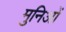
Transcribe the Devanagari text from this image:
मुनिओं